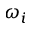
\omega _ { i }